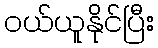
ဝယ်ယူနိုင်ပြီး